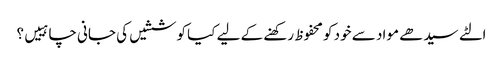
الٹے سیدھے مواد سے خود کو محفوظ رکھنے کے لیے کیا کوششیں کی جانی چاہییں؟